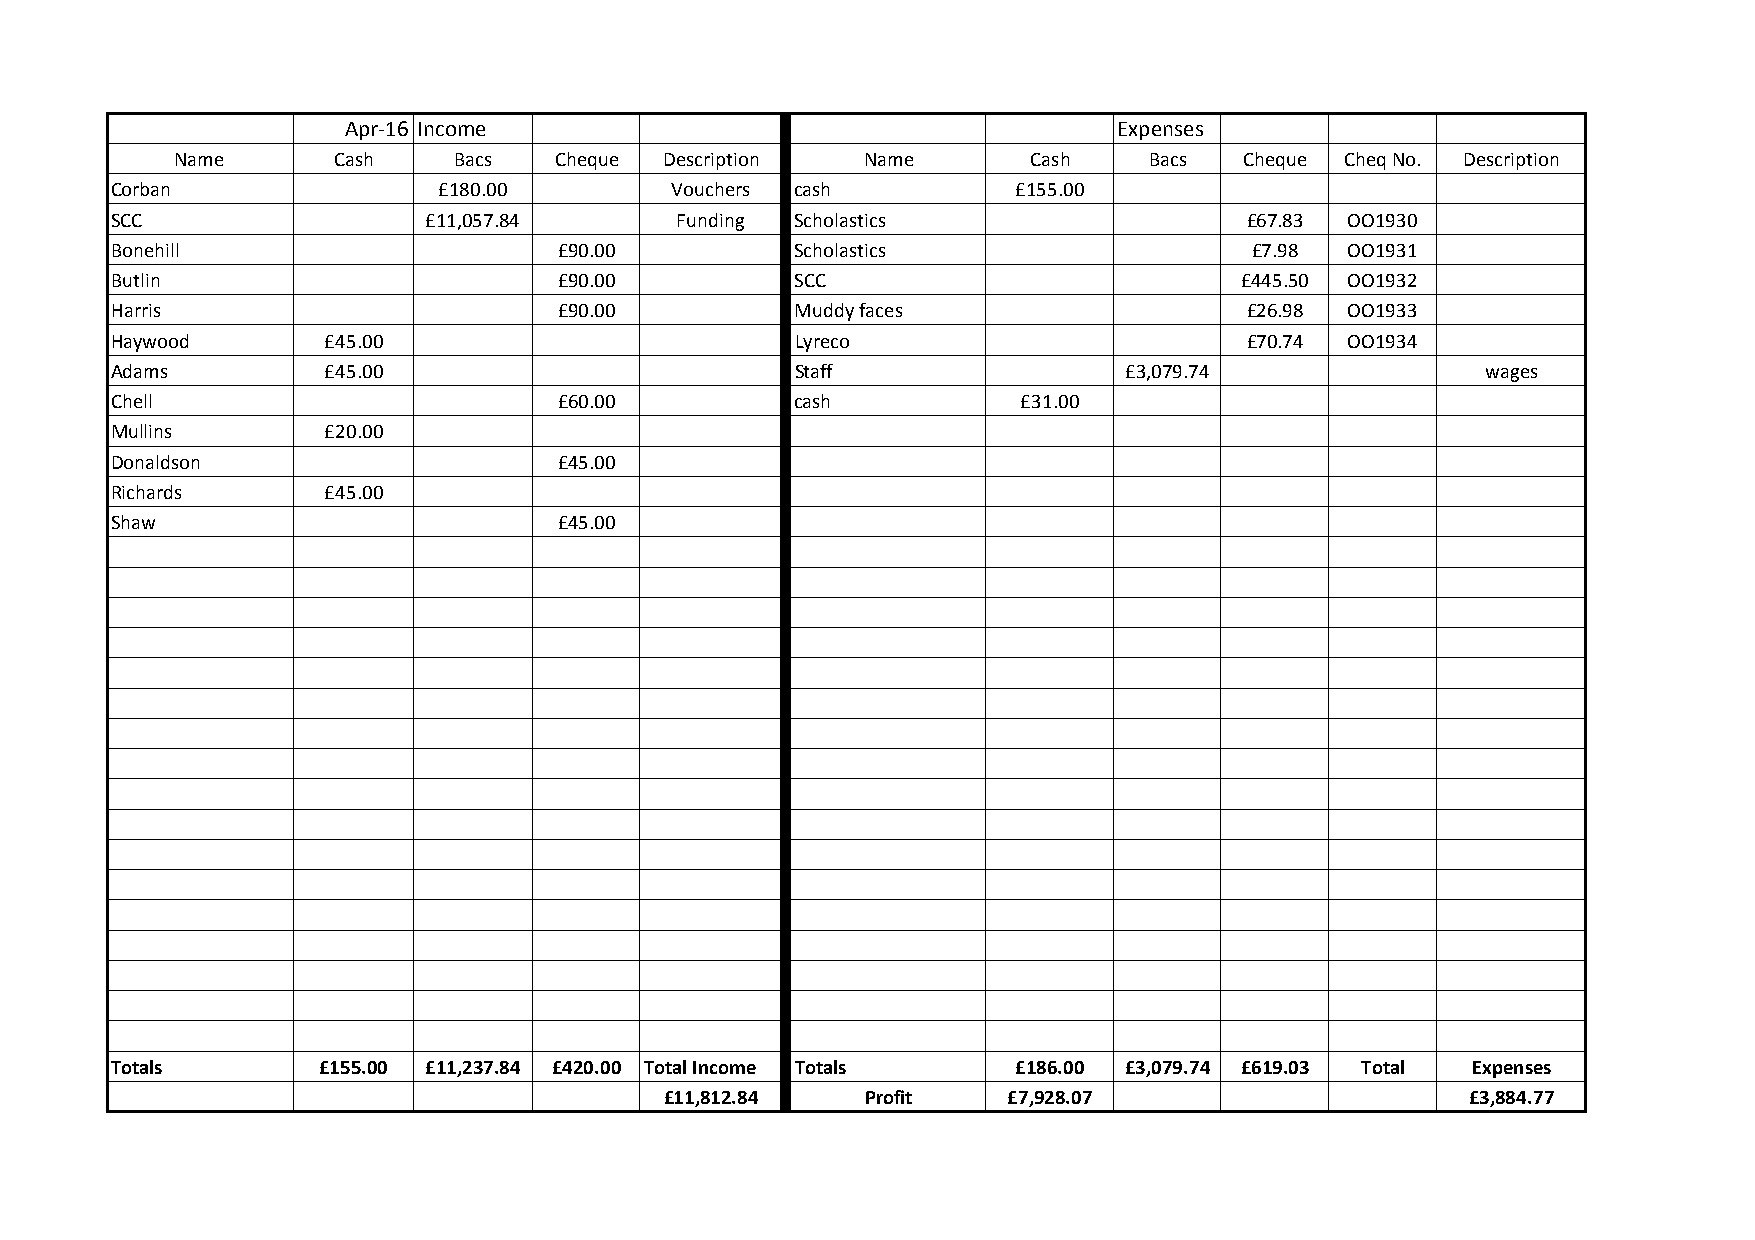
Apr-16 Income                                      Expenses
 Name      Cash    Bacs   Cheque Description  Name       Cash    Bacs  Cheque Cheq No. Description
 Corban                £180.00        Vouchers cash          £155.00
 SCC                  £11,057.84       Funding Scholastics                  £67.83 OO1930
 Bonehill                      £90.00          Scholastics                   £7.98 OO1931
 Butlin                        £90.00          SCC                          £445.50 OO1932
 Harris                        £90.00          Muddy faces                  £26.98 OO1933
 Haywood        £45.00                         Lyreco                       £70.74 OO1934
 Adams          £45.00                         Staff                 £3,079.74              wages
 Chell                         £60.00          cash           £31.00
 Mullins        £20.00
 Donaldson                     £45.00
 Richards       £45.00
 Shaw                          £45.00
 Totals        £155.00 £11,237.84 £420.00 Total Income Totals £186.00 £3,079.74 £619.03 Total Expenses
 £11,812.84   Profit    £7,928.07                     £3,884.77